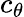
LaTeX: c_{\theta}